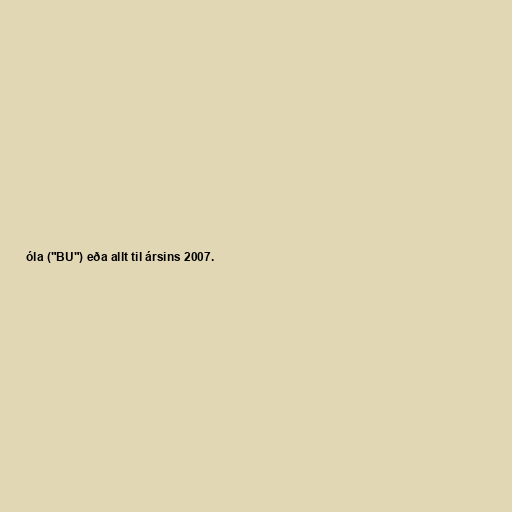
óla ("BU") eða allt til ársins 2007.